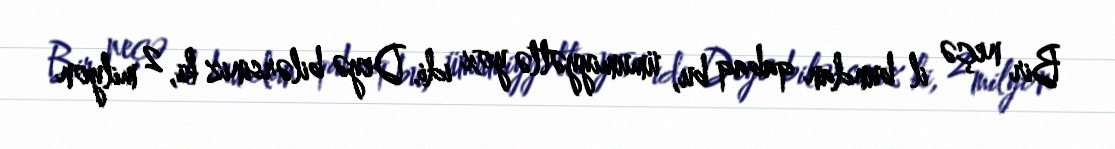
Bir neçə il bundan qabaq bu, ümumiyyətlə yox idi. Deyə bilərsiniz ki, 2 milyon